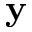
\mathbf { y }